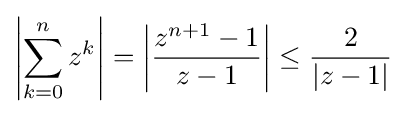
\left|\sum _{k=0}^{n}z^{k}\right|=\left|{\frac {z^{n+1}-1}{z-1}}\right|\leq {\frac {2}{|z-1|}}